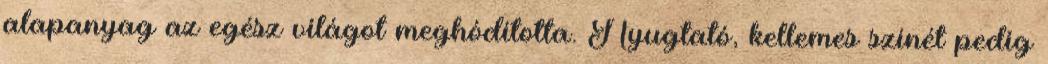
alapanyag az egész világot meghódította. Nyugtató, kellemes színét pedig